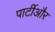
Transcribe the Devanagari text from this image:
पार्टीऔर